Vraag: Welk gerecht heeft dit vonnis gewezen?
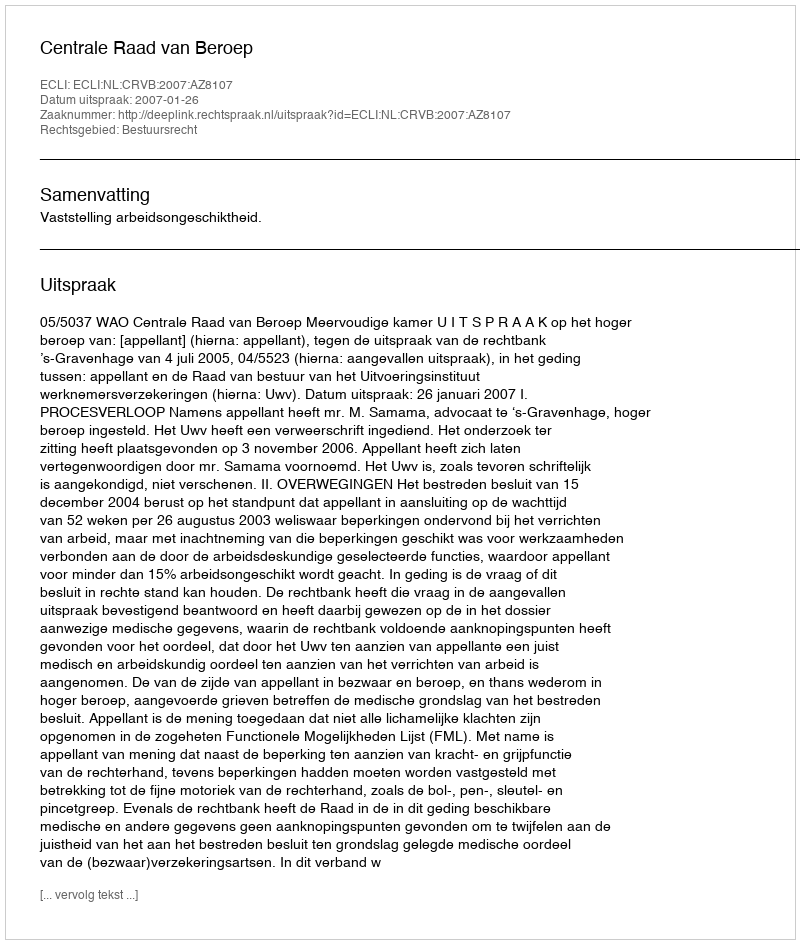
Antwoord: Centrale Raad van Beroep